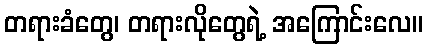
တရားခံတွေ၊ တရားလိုတွေရဲ့ အကြောင်းလေ။